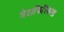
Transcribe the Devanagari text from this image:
मेटाफिरिकल